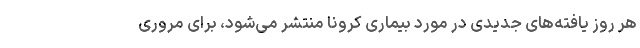
هر روز یافته‌های جدیدی در مورد بیماری کرونا منتشر می‌شود، برای مروری